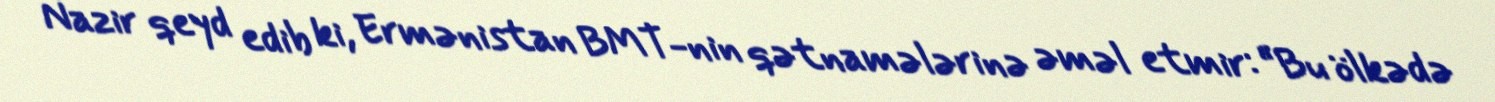
Nazir qeyd edib ki, Ermənistan BMT-nin qətnamələrinə əməl etmir: “Bu ölkədə